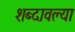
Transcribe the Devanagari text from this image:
शब्दावल्या